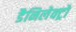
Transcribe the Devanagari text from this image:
डैनिलेक्ट्रो